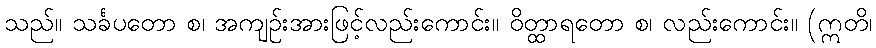
သည်။ သင်္ခပတော စ၊ အကျဉ်းအားဖြင့်လည်းကောင်း။ ဝိတ္ထာရတော စ၊ လည်းကောင်း။ (ဣတိ၊